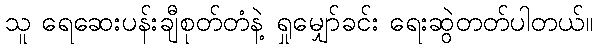
သူ ရေဆေးပန်းချီစုတ်တံနဲ့ ရှုမျှော်ခင်း ရေးဆွဲတတ်ပါတယ်။